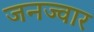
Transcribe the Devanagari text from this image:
जनज्वार